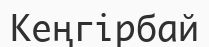
Кеңгірбай